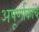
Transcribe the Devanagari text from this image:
अपूर्णाकांचे